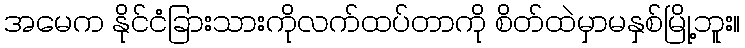
အမေက နိုင်ငံခြားသားကိုလက်ထပ်တာကို စိတ်ထဲမှာမနှစ်မြို့ဘူး။